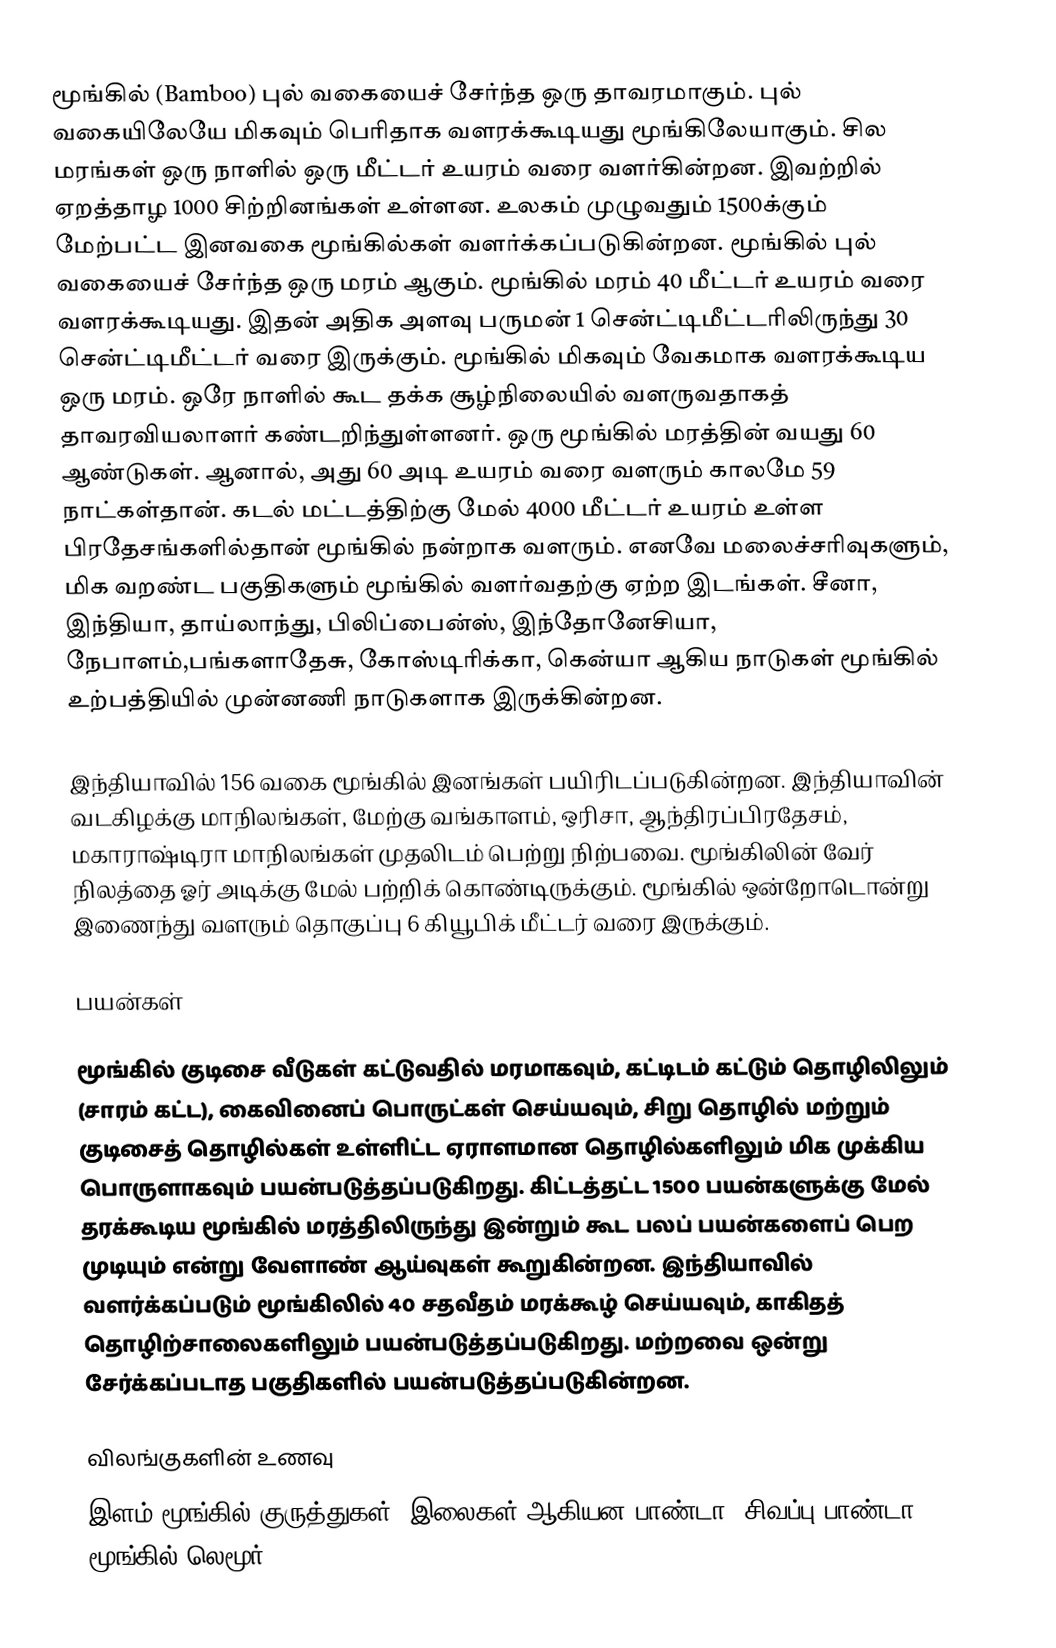
மூங்கில் (Bamboo) புல் வகையைச் சேர்ந்த ஒரு தாவரமாகும். புல் வகையிலேயே மிகவும் பெரிதாக வளரக்கூடியது மூங்கிலேயாகும். சில மரங்கள் ஒரு நாளில் ஒரு மீட்டர் உயரம் வரை வளர்கின்றன. இவற்றில் ஏறத்தாழ 1000 சிற்றினங்கள் உள்ளன. உலகம் முழுவதும் 1500க்கும் மேற்பட்ட இனவகை மூங்கில்கள் வளர்க்கப்படுகின்றன. மூங்கில் புல் வகையைச் சேர்ந்த ஒரு மரம் ஆகும். மூங்கில் மரம் 40 மீட்டர் உயரம் வரை வளரக்கூடியது. இதன் அதிக அளவு பருமன் 1 சென்ட்டிமீட்டரிலிருந்து 30 சென்ட்டிமீட்டர் வரை இருக்கும். மூங்கில் மிகவும் வேகமாக வளரக்கூடிய ஒரு மரம். ஒரே நாளில்  கூட தக்க சூழ்நிலையில் வளருவதாகத் தாவரவியலாளர் கண்டறிந்துள்ளனர்.  ஒரு மூங்கில் மரத்தின் வயது 60 ஆண்டுகள். ஆனால், அது 60 அடி உயரம் வரை வளரும் காலமே 59 நாட்கள்தான். கடல் மட்டத்திற்கு மேல் 4000 மீட்டர் உயரம் உள்ள பிரதேசங்களில்தான் மூங்கில் நன்றாக வளரும். எனவே மலைச்சரிவுகளும், மிக வறண்ட பகுதிகளும் மூங்கில் வளர்வதற்கு ஏற்ற இடங்கள். சீனா, இந்தியா, தாய்லாந்து, பிலிப்பைன்ஸ், இந்தோனேசியா, நேபாளம்,பங்களாதேசு, கோஸ்டிரிக்கா, கென்யா ஆகிய நாடுகள் மூங்கில் உற்பத்தியில் முன்னணி நாடுகளாக இருக்கின்றன.

இந்தியாவில் 156 வகை மூங்கில் இனங்கள் பயிரிடப்படுகின்றன. இந்தியாவின் வடகிழக்கு மாநிலங்கள், மேற்கு வங்காளம், ஒரிசா, ஆந்திரப்பிரதேசம், மகாராஷ்டிரா மாநிலங்கள் முதலிடம் பெற்று நிற்பவை. மூங்கிலின் வேர் நிலத்தை ஓர் அடிக்கு மேல் பற்றிக் கொண்டிருக்கும். மூங்கில் ஒன்றோடொன்று இணைந்து வளரும் தொகுப்பு 6 கியூபிக் மீட்டர் வரை இருக்கும்.

பயன்கள்

மூங்கில் குடிசை வீடுகள் கட்டுவதில் மரமாகவும், கட்டிடம் கட்டும் தொழிலிலும் (சாரம் கட்ட), கைவினைப் பொருட்கள் செய்யவும், சிறு தொழில் மற்றும் குடிசைத் தொழில்கள் உள்ளிட்ட ஏராளமான தொழில்களிலும் மிக முக்கிய பொருளாகவும் பயன்படுத்தப்படுகிறது. கிட்டத்தட்ட 1500 பயன்களுக்கு மேல் தரக்கூடிய மூங்கில் மரத்திலிருந்து இன்றும் கூட பலப் பயன்களைப் பெற முடியும் என்று வேளாண் ஆய்வுகள் கூறுகின்றன. இந்தியாவில் வளர்க்கப்படும் மூங்கிலில் 40 சதவீதம் மரக்கூழ் செய்யவும், காகிதத் தொழிற்சாலைகளிலும் பயன்படுத்தப்படுகிறது. மற்றவை ஒன்று சேர்க்கப்படாத பகுதிகளில் பயன்படுத்தப்படுகின்றன.

விலங்குகளின் உணவு
இளம் மூங்கில் குருத்துகள், இலைகள் ஆகியன பாண்டா, சிவப்பு பாண்டா, மூங்கில் லெமூர்